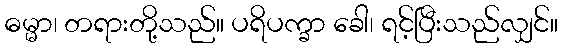
ဓမ္မာ၊ တရားတို့သည်။ ပရိပက္ခာ ခေါ၊ ရင့်ပြီးသည်လျှင်။